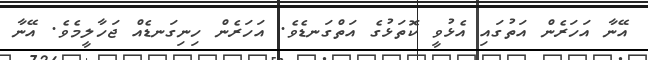
އޭނާ އަހަރެން އަތުގައި އެޅުވީ ކޮތަޅުގެ އަތްގަނޑެވެ. އަހަރެން ހިނިގަނޑެއް ޖަހާލީމެވެ. އޭނާ